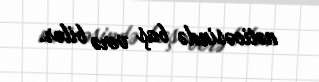
nəticəsində baş verə bilər.